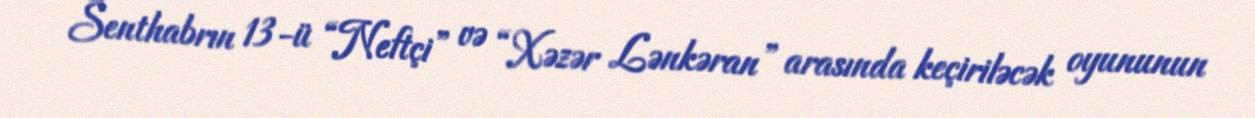
Senthabrın 13-ü “Neftçi” və “Xəzər Lənkəran” arasında keçiriləcək oyununun